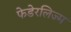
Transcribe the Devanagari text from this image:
फेडेरलिज्म